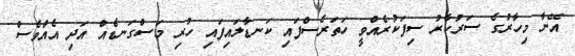
އޭނާ މިހާރުގެ ސަރުކާރު ސިފަކުރެއްވީ ހަތަރެސްފައި ކަނޑާލައިފައި ހުރި މަސްގަނޑެއް އަދި އެެއްވެސް